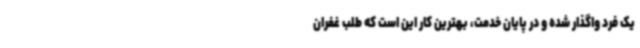
یک فرد واگذار شده و در پایان خدمت، بهترین کار این است که طلب غفران